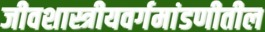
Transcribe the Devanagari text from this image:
जीवशास्त्रीयवर्गमांडणीतील